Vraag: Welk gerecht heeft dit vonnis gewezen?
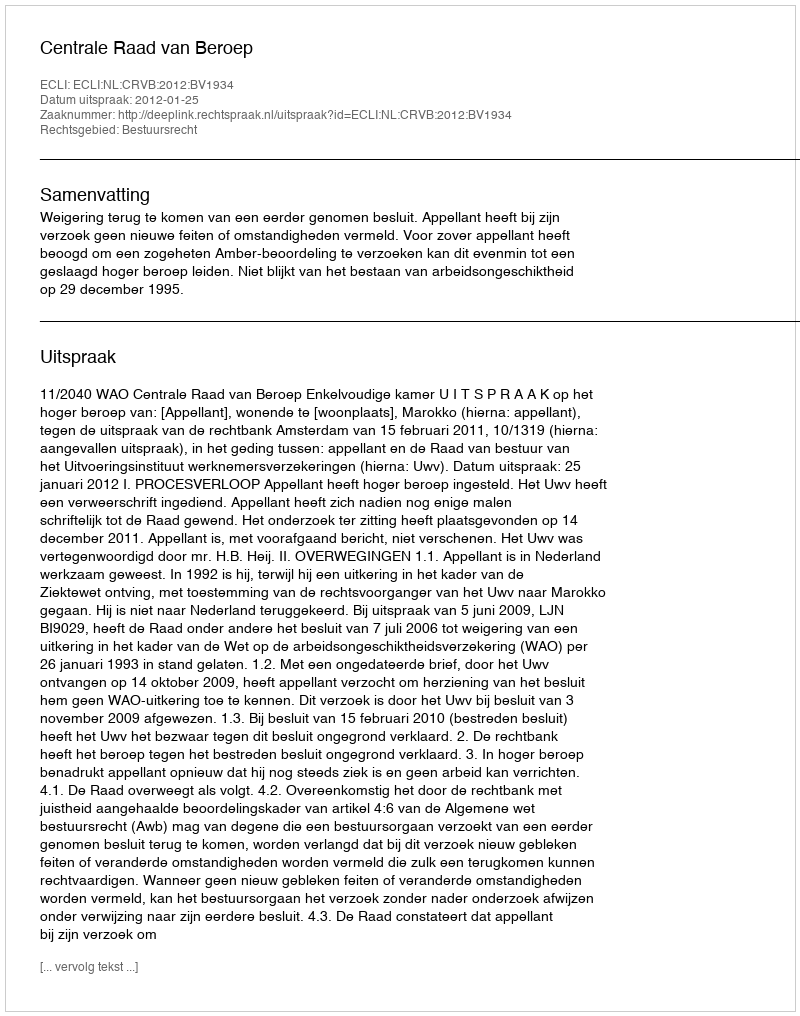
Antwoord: Centrale Raad van Beroep